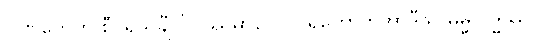
ပါဏကေဟိ စီဝရသင်္ချံ ဝိပဿမာနာ ပဝါရိတောတိအာဒီသု ဓမ္မလဒ္ဓဿ